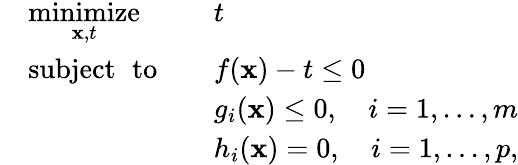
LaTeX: {\begin{array}{rlrl}&{{\underset{\mathbf{x},t}{\operatorname{minimize}}}}&&{t}\\ &{\operatorname{subject\ to}}&&{f(\mathbf{x})-t\leq 0}\\ &{}&&{g_{i}(\mathbf{x})\leq 0,\quad i=1,\dots,m}\\ &{}&&{h_{i}(\mathbf{x})=0,\quad i=1,\dots,p,}\end{array}}